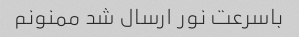
باسرعت نور ارسال شد ممنونم